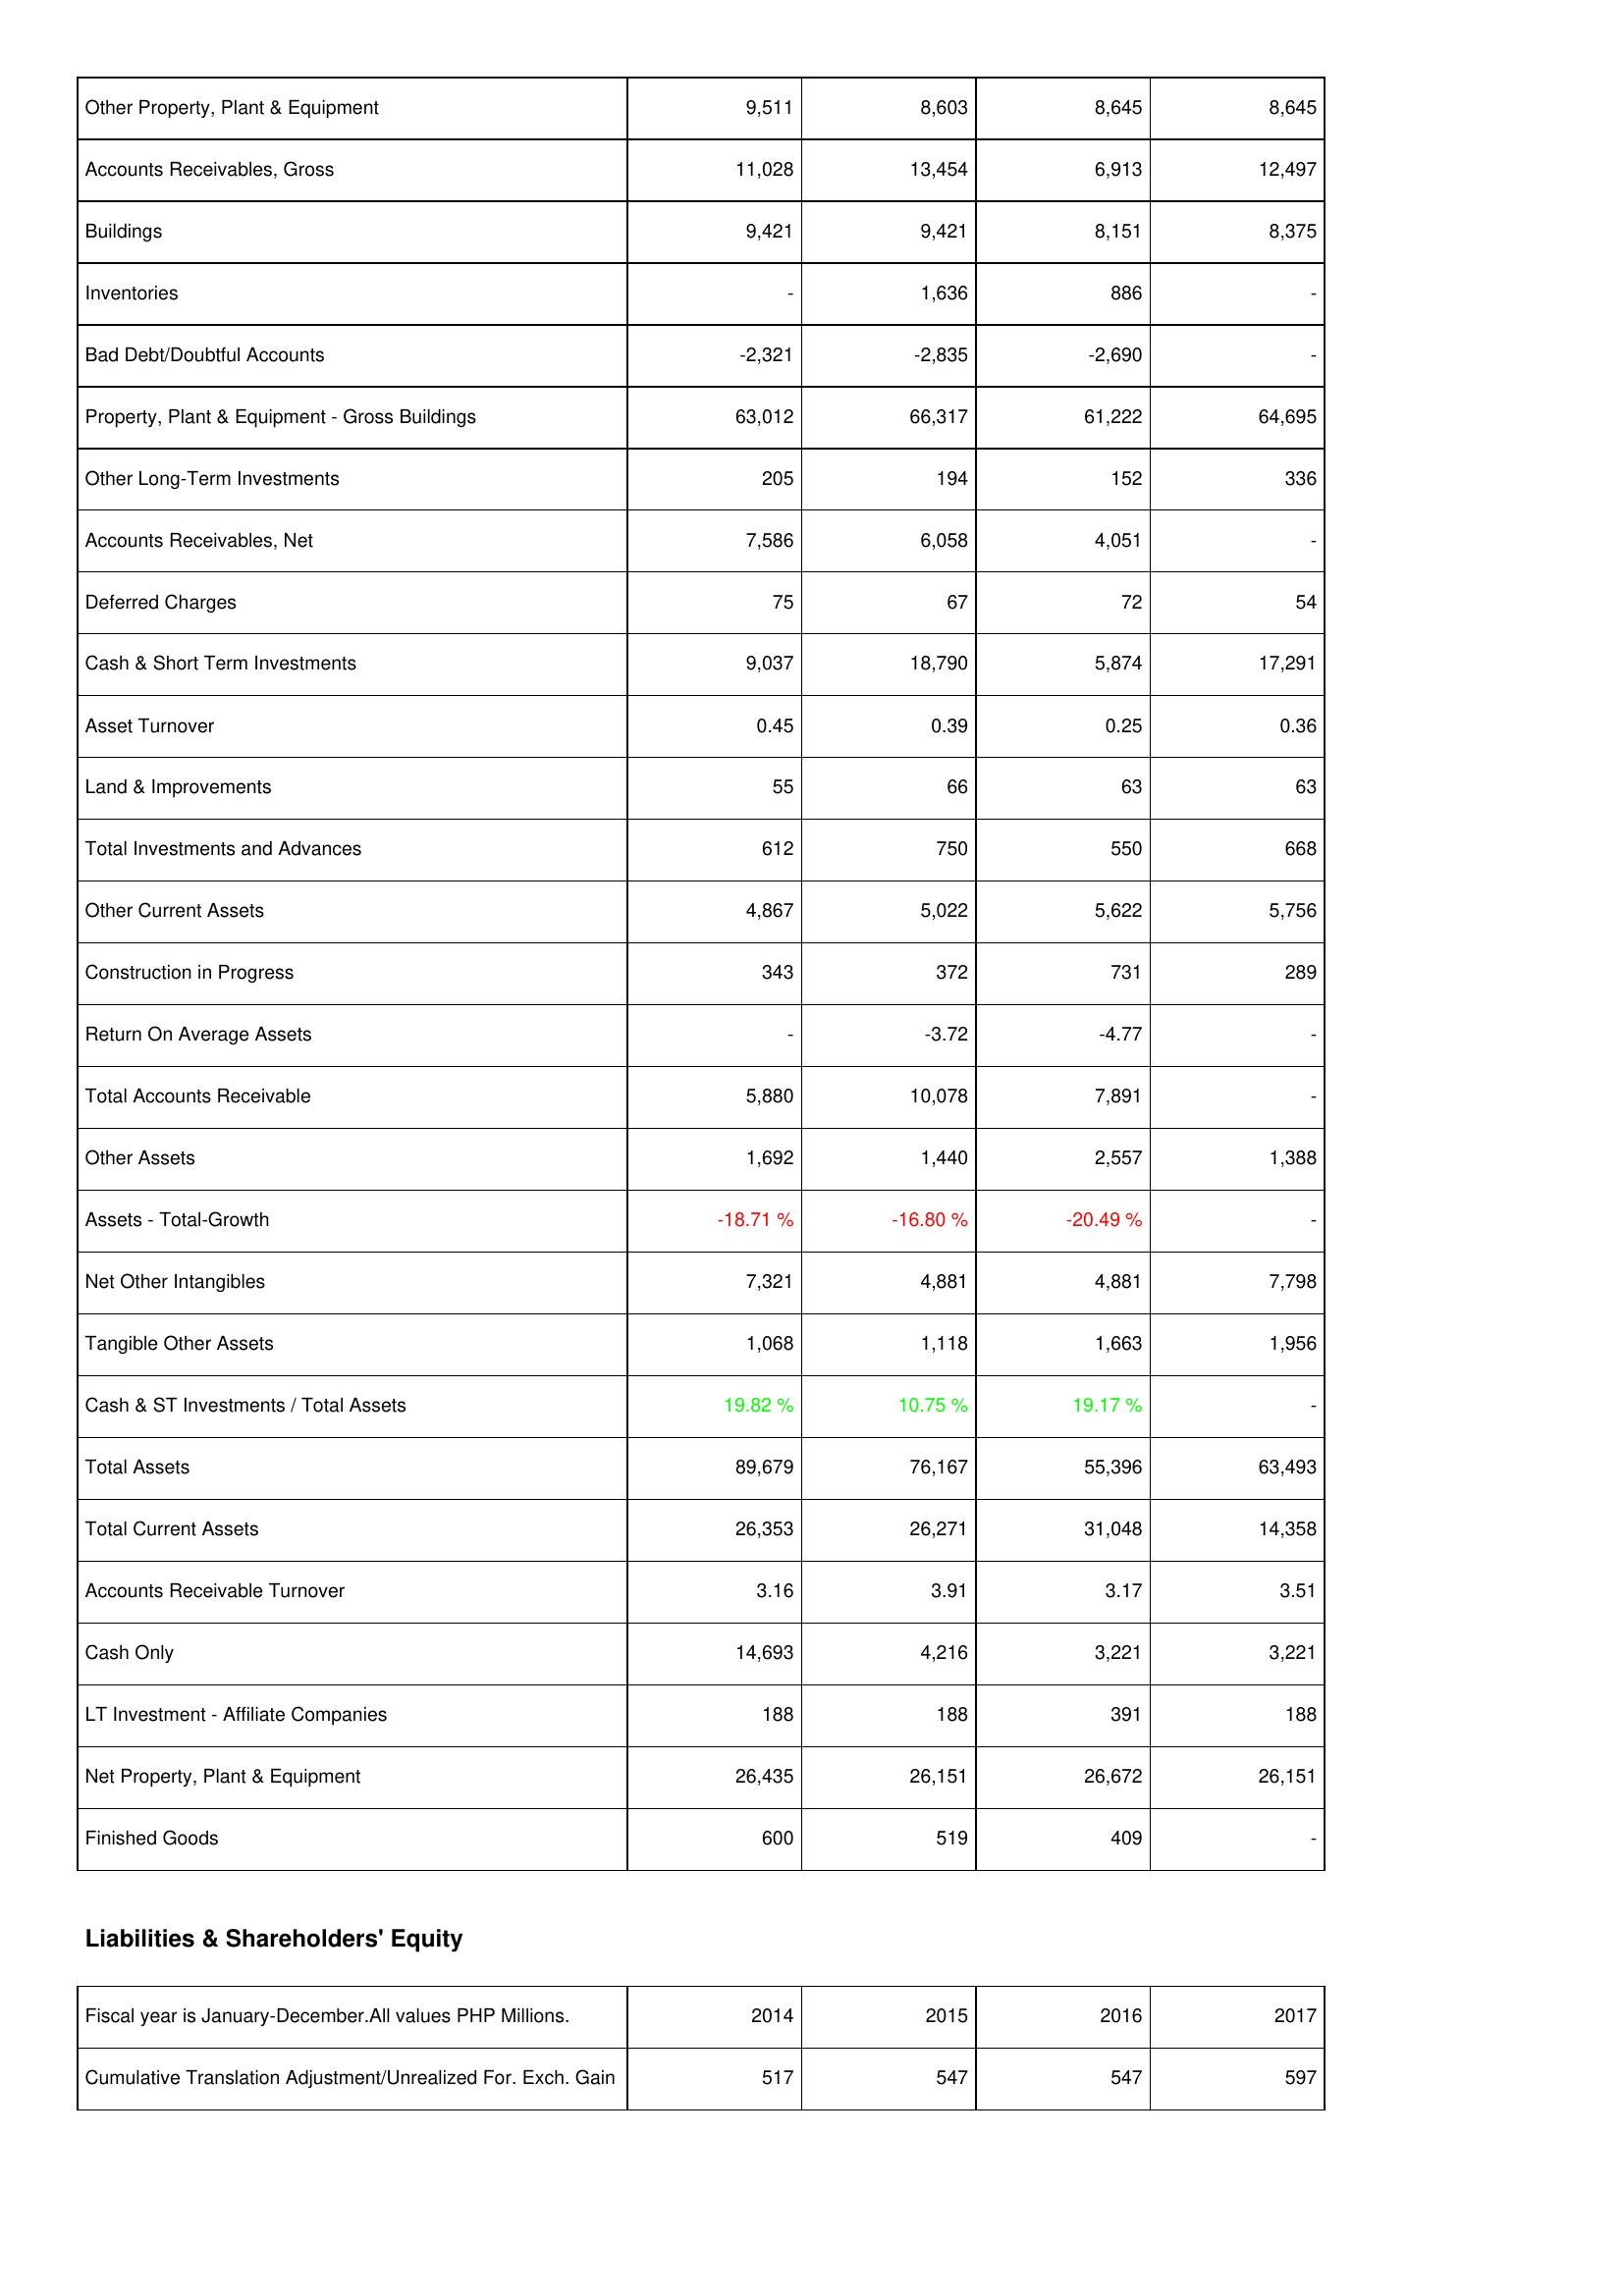
2014: Assets: Other Property, Plant & Equipment: 9,511
Accounts Receivables, Gross: 11,028
Buildings: 9,421
Inventories: -
Bad Debt/Doubtful Accounts: -2,321
Property, Plant & Equipment - Gross Buildings: 63,012
Other Long-Term Investments: 205
Accounts Receivables, Net: 7,586
Deferred Charges: 75
Cash & Short Term Investments: 9,037
Asset Turnover: 0.45
Land & Improvements: 55
Total Investments and Advances: 612
Other Current Assets: 4,867
Construction in Progress: 343
Return On Average Assets: -
Total Accounts Receivable: 5,880
Other Assets: 1,692
Assets - Total-Growth: -18.71 %
Net Other Intangibles: 7,321
Tangible Other Assets: 1,068
Cash & ST Investments / Total Assets: 19.82 %
Total Assets: 89,679
Total Current Assets: 26,353
Accounts Receivable Turnover: 3.16
Cash Only: 14,693
LT Investment - Affiliate Companies: 188
Net Property, Plant & Equipment: 26,435
Finished Goods: 600
Liabilities & Shareholders' Equity: Cumulative Translation Adjustment/Unrealized For. Exch. Gain: 517
2015: Assets: Other Property, Plant & Equipment: 8,603
Accounts Receivables, Gross: 13,454
Buildings: 9,421
Inventories: 1,636
Bad Debt/Doubtful Accounts: -2,835
Property, Plant & Equipment - Gross Buildings: 66,317
Other Long-Term Investments: 194
Accounts Receivables, Net: 6,058
Deferred Charges: 67
Cash & Short Term Investments: 18,790
Asset Turnover: 0.39
Land & Improvements: 66
Total Investments and Advances: 750
Other Current Assets: 5,022
Construction in Progress: 372
Return On Average Assets: -3.72
Total Accounts Receivable: 10,078
Other Assets: 1,440
Assets - Total-Growth: -16.80 %
Net Other Intangibles: 4,881
Tangible Other Assets: 1,118
Cash & ST Investments / Total Assets: 10.75 %
Total Assets: 76,167
Total Current Assets: 26,271
Accounts Receivable Turnover: 3.91
Cash Only: 4,216
LT Investment - Affiliate Companies: 188
Net Property, Plant & Equipment: 26,151
Finished Goods: 519
Liabilities & Shareholders' Equity: Cumulative Translation Adjustment/Unrealized For. Exch. Gain: 547
2016: Assets: Other Property, Plant & Equipment: 8,645
Accounts Receivables, Gross: 6,913
Buildings: 8,151
Inventories: 886
Bad Debt/Doubtful Accounts: -2,690
Property, Plant & Equipment - Gross Buildings: 61,222
Other Long-Term Investments: 152
Accounts Receivables, Net: 4,051
Deferred Charges: 72
Cash & Short Term Investments: 5,874
Asset Turnover: 0.25
Land & Improvements: 63
Total Investments and Advances: 550
Other Current Assets: 5,622
Construction in Progress: 731
Return On Average Assets: -4.77
Total Accounts Receivable: 7,891
Other Assets: 2,557
Assets - Total-Growth: -20.49 %
Net Other Intangibles: 4,881
Tangible Other Assets: 1,663
Cash & ST Investments / Total Assets: 19.17 %
Total Assets: 55,396
Total Current Assets: 31,048
Accounts Receivable Turnover: 3.17
Cash Only: 3,221
LT Investment - Affiliate Companies: 391
Net Property, Plant & Equipment: 26,672
Finished Goods: 409
Liabilities & Shareholders' Equity: Cumulative Translation Adjustment/Unrealized For. Exch. Gain: 547
2017: Assets: Other Property, Plant & Equipment: 8,645
Accounts Receivables, Gross: 12,497
Buildings: 8,375
Inventories: -
Bad Debt/Doubtful Accounts: -
Property, Plant & Equipment - Gross Buildings: 64,695
Other Long-Term Investments: 336
Accounts Receivables, Net: -
Deferred Charges: 54
Cash & Short Term Investments: 17,291
Asset Turnover: 0.36
Land & Improvements: 63
Total Investments and Advances: 668
Other Current Assets: 5,756
Construction in Progress: 289
Return On Average Assets: -
Total Accounts Receivable: -
Other Assets: 1,388
Assets - Total-Growth: -
Net Other Intangibles: 7,798
Tangible Other Assets: 1,956
Cash & ST Investments / Total Assets: -
Total Assets: 63,493
Total Current Assets: 14,358
Accounts Receivable Turnover: 3.51
Cash Only: 3,221
LT Investment - Affiliate Companies: 188
Net Property, Plant & Equipment: 26,151
Finished Goods: -
Liabilities & Shareholders' Equity: Cumulative Translation Adjustment/Unrealized For. Exch. Gain: 597